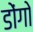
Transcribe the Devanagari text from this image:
डोंगो